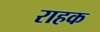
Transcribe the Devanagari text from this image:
राहक